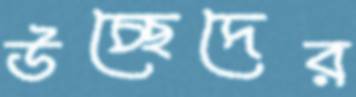
উচ্ছেদের